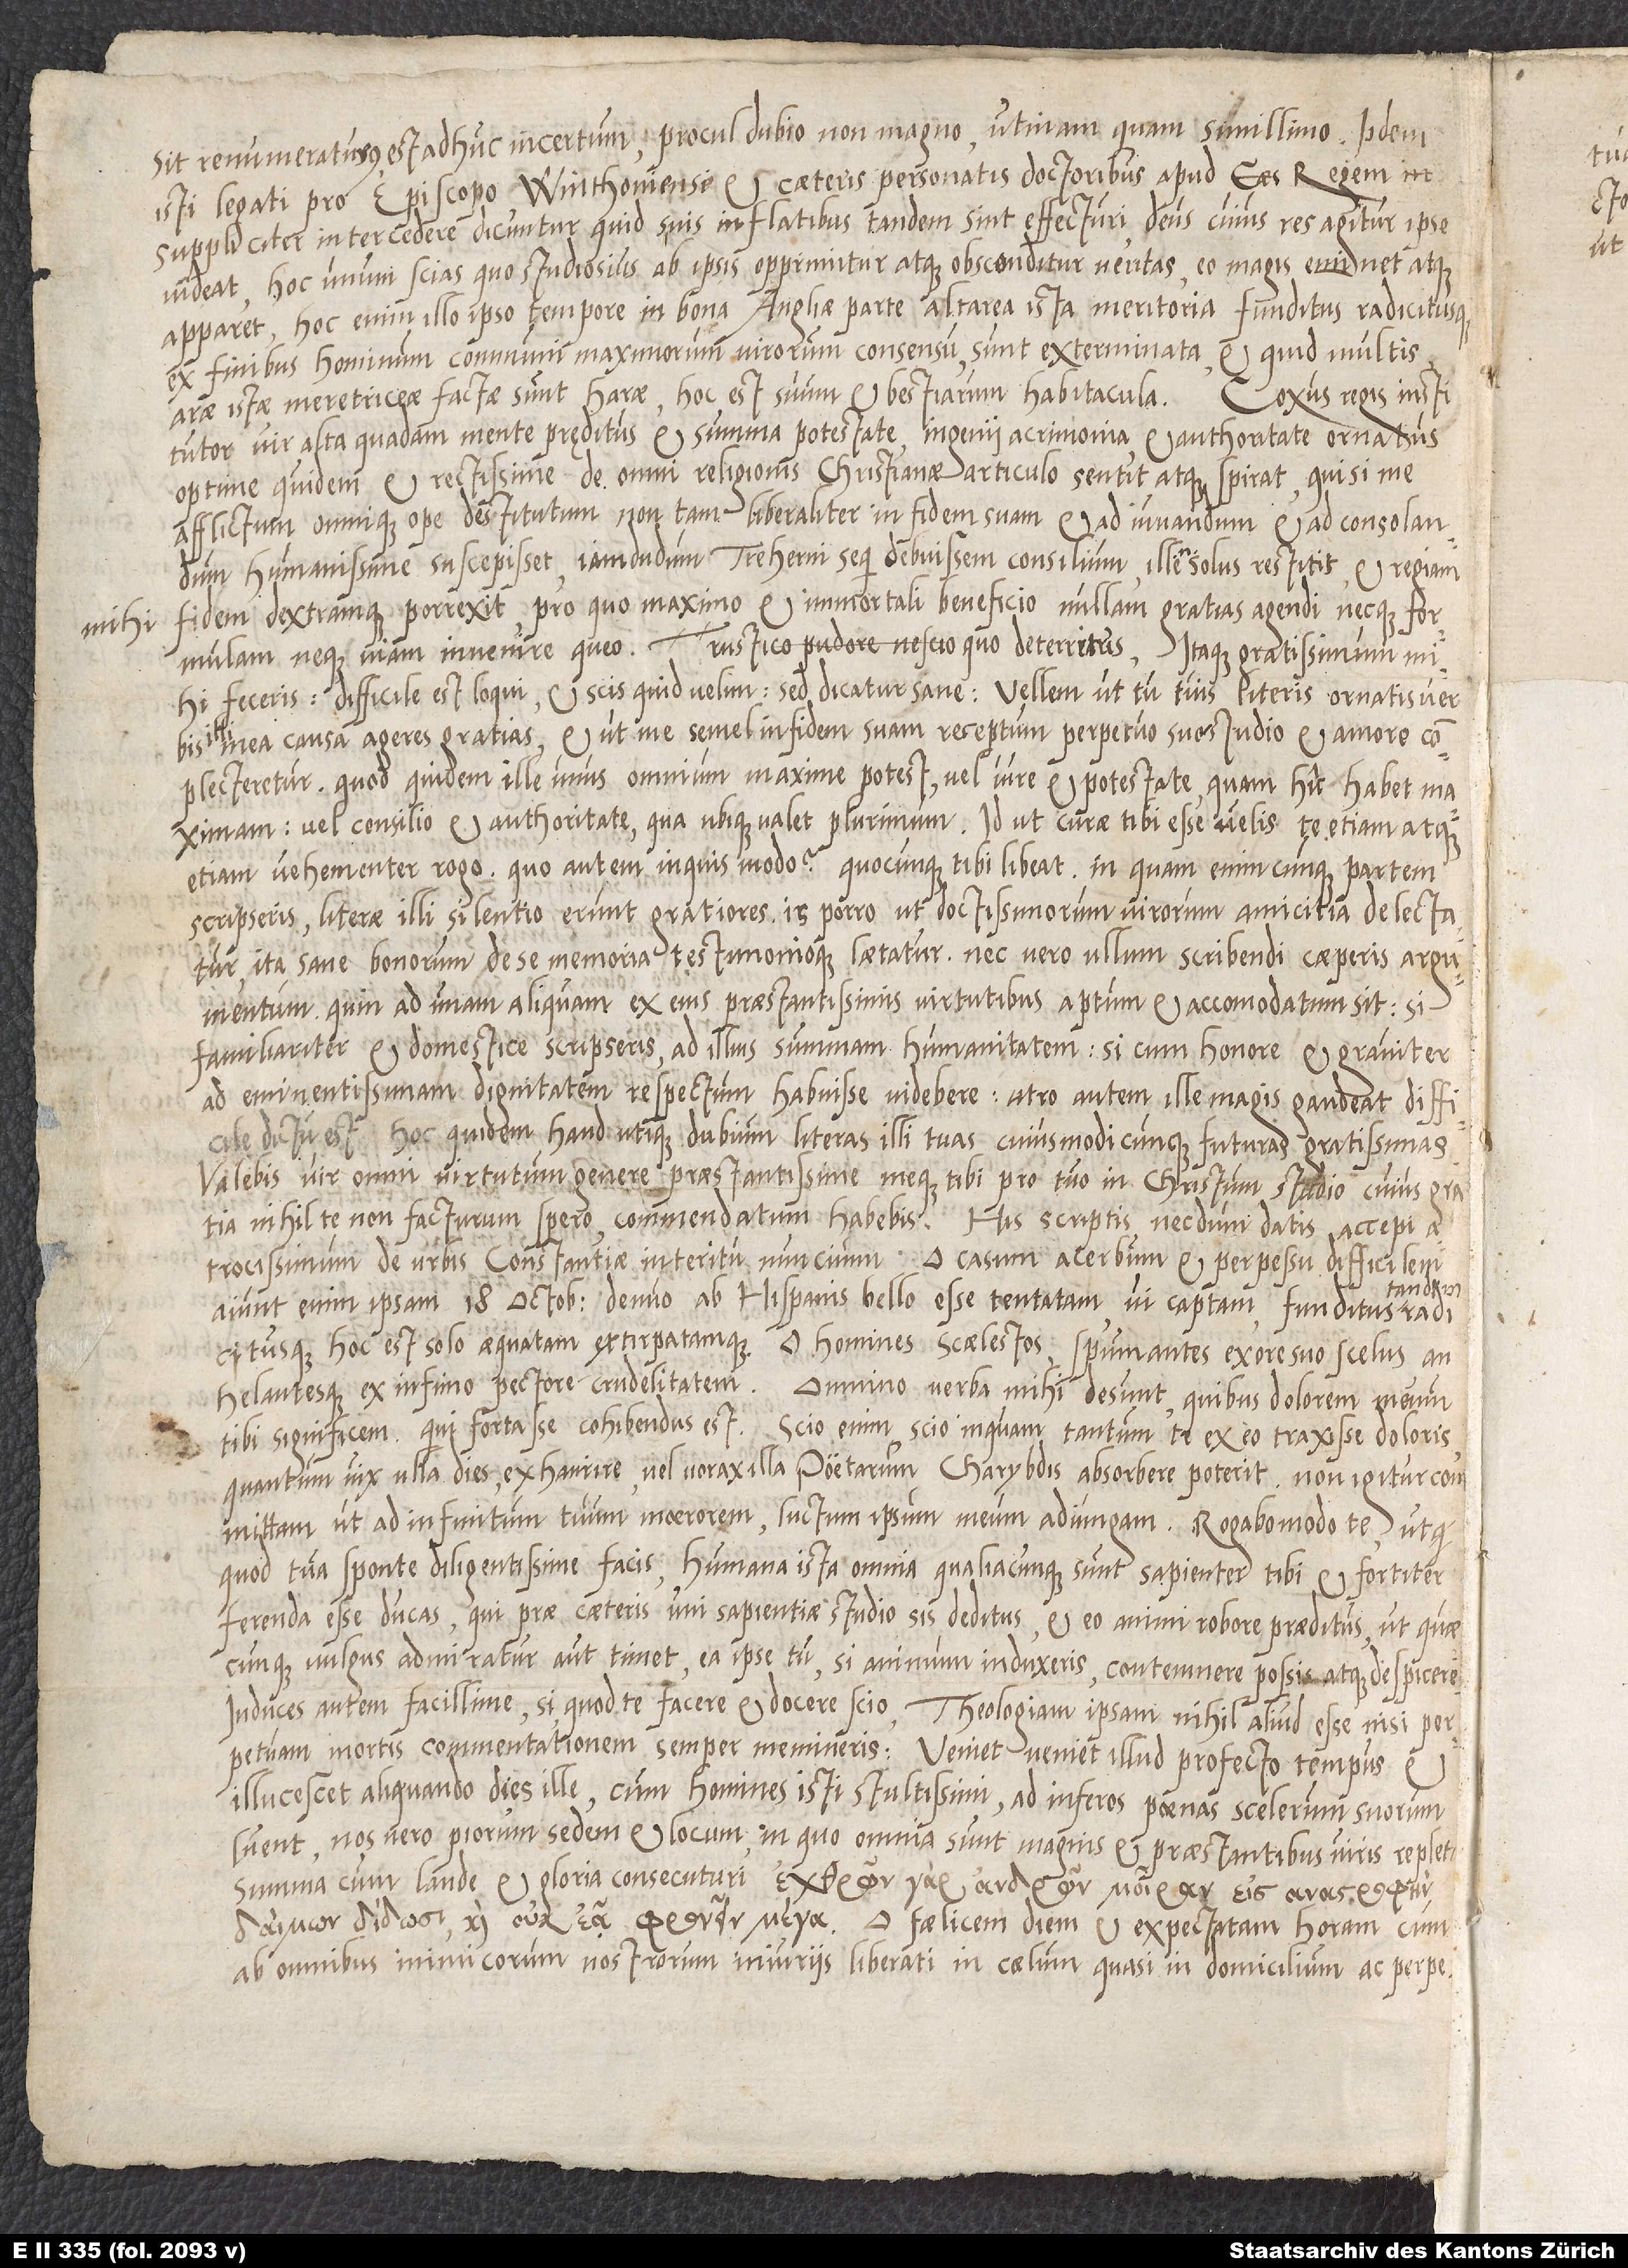
sit remuneraturus, est adhuc incertum; proculdubio, non magno, utinam quam simillimo! Iidem
isti legati pro episcopo Winthoniense et caeteris personatis doctoribus apud regem
suppliciter intercedere dicuntur: quid suis inflatibus tandem sint effecturi, Deus, cujus res agitur, ipse
videat: hoc unum scias, quo studiosius ab ipsis opprimitur atque absconditur veritas, eo nagis eminet atque
apparet: hoc enim illo ipso tempore, in bona Angliae parte, altarea ista meritoria funditus radicitusque
ex finibus hominum communi maximorum virorum consensu sunt exterminata. Et quid multis?
arae istae meretriceae factae sunt harae, hoc est, suum et bestiarum habitacula.
vir alta quadam mente pręditus, et summa potestate, ingenii acrimonia et authoritate ornatus,
optime quidem et rectissime de omni religionis Christianae articulo sentit atque spirat; qui si me
afflictum omnique spe destitutum non tam liberaliter in fidem suam et ad juvandum et ad consolandum
humanissime suscepisset, jamdudum Treherni sequi debuissem consilium: ille enim solus restitit, et regiam
fidem dextramque porrexit, pro quo maximo et immortali beneficio nullam gratias agendi neque formulam
neque viam invenire queo, rustico pudore nescio quo deterritus. Itaque gratissimum mihi
feceris, difficile est loqui, et scis quid velim: sed dicatur sane: vellem ut tu tuis literis ornatis verbis
illi mea causa ageres gratias, et ut me semel in fidem suam receptum perpetuo suo studio et amore
complecteretur; quod quidem ille unus omnium maxime potest, vel jure et potestate quam hic habet maximam,
vel consilio et authoritate qua ubique valet plurimum. Id ut curae tibi esse velis, te etiam atque
etiam vehementer rogo. Quo autem inquis modo? Quocunque tibi libeat; in quam enim cunque partem
scripseris, literae illi silentio erunt gratiores: is porro ut doctissimorum virorum amicitia delectatur,
ita sane bonorum de se memoria testimonioque laetatur; nec vero ullum scribendi caeperis argumentum,
quin ad unam aliquam ex ejus praestantissimis virtutibus aptum et accomodatum sit. Si
familiariter et domestice scripseris, ad illius summam humanitatem; si cum honore et graviter,
ad eminentissimam dignitatem respectum habuisse videbere: utro autem ille magis gaudeat, difficile
dictu est: hoc quidem haud utique dubium, literas tuas cujusmodicunque futuras gratissimas.
Valebis, vir omni virtutum genere praestantissime, meque tibi pro tuo in Christum studio, cujus gratia
atrocissimum de urbis Constantiae interitu nuncium. O casum acerbum et perpessu difficlem!
Aiunt enim ipsam 18 Octobris denuo ab Hispanis bello esse tentatam, vi captam, funditus tandem
radicitusque, hoc est, solo aequatam extirpatamque. O homines scaelestos, spumantes ex ore suo scelus,
tibi significem, qui fortasse cohibendus est. Scio enim, scio inquam, tantum te ex eo traxisse doloris,
quantum vix ulla dies exhaurire, vel vorax illa poetarum Charybdis absorbere poterit. Non igitur
committam, ut ad infinitum tuum moerorem luctum ipsum meum adjungam. Rogabo modo te, ut
quod tua sponte diligentissime facis, humana ista omnia, qualiacunque sunt, sapienter tibi et fortiter
ferenda esse ducas, qui prae ceteris uni sapientiae studio sis deditus, et eo animi robore praeditus, ut quaecunque
vulgus admiratur aut timet, ea ipse tu, si animum induxeris, contemnere possis atque despicere.
Induces autem facillime, si, quod te facere et docere scio, theologiam ipsam nihil aliud esse nisi perpetuam
mortis commentationem semper memineris. Veniet, veniet illud profecto tempus,
illucescet aliquando dies ille, cum homines isti stultissimi ad inferos poenas scelerum suorum
nos vero piorum sedem et locum, in quo omnia sunt magnis et praestantibus viris repleta,
ab omnibus inimicorum nostrorum injuriis liberati, in caelum, quasi in domicilium ac perpetuam